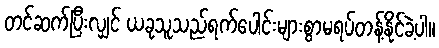
တင်ဆက်ပြီးလျှင် ယခုသူသည်ရက်ပေါင်းများစွာမရပ်တန့်နိုင်ခဲ့ပါ။